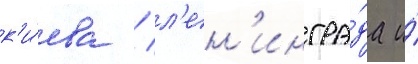
к'и́ева / л'ен'ингра́да и́